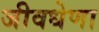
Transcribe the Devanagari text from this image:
जीवधेणा